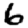
Digit: 6